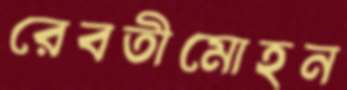
রেবতীমোহন